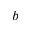
^ b